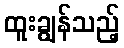
ထူးချွန်သည့်